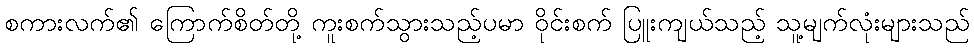
စကားလက်၏ ကြောက်စိတ်တို့ ကူးစက်သွားသည့်ပမာ ဝိုင်းစက် ပြူးကျယ်သည့် သူ့မျက်လုံးများသည်